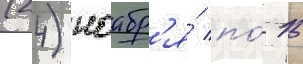
(24) ноабр'я́ по́ 15